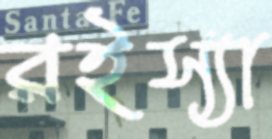
রইস্যা